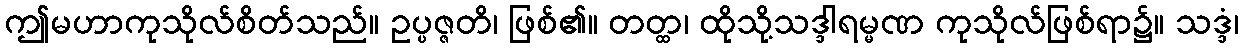
ဤမဟာကုသိုလ်စိတ်သည်။ ဥပ္ပဇ္ဇတိ၊ ဖြစ်၏။ တတ္ထ၊ ထိုသို့သဒ္ဒါရမ္မဏ ကုသိုလ်ဖြစ်ရာ၌။ သဒ္ဒံ၊